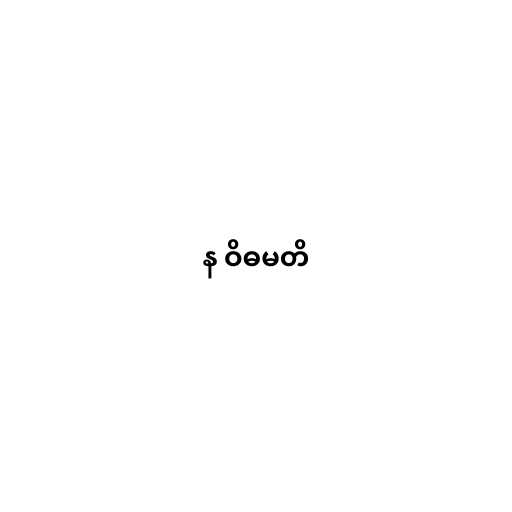
န ဝိဓမတိ